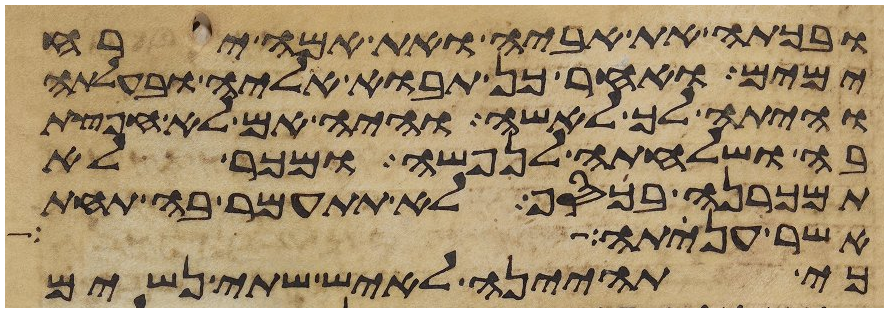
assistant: ובכתה את אביה ואת אמה ירח
ימים ואחר כן תבוא אליה ובעלתה
והיתה לך לאשה והיה אם לא חפצת
בה ושלחתה לנפשה ומכר לא
תמכרנה בכסף לא תתעמר בה תחת
אשר ענתה
כי תהיינה לאיש שתי נשים